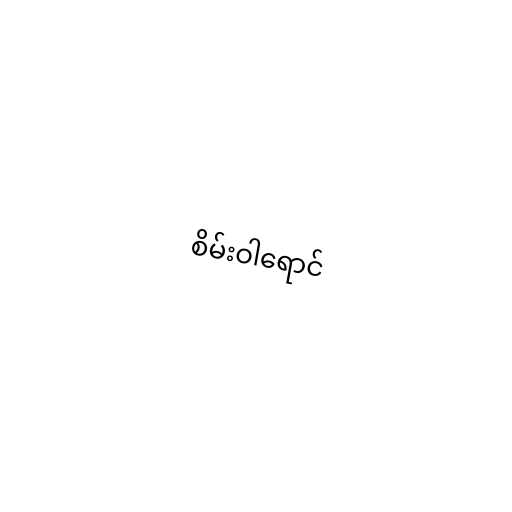
စိမ်းဝါရောင်